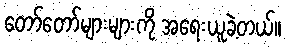
တော်တော်များများကို အရေးယူခဲ့တယ်။